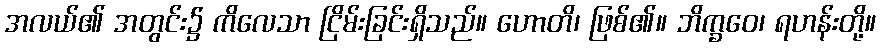
အလယ်၏ အတွင်း၌ ကိလေသာ ငြိမ်းခြင်းရှိသည်။ ဟောတိ၊ ဖြစ်၏။ ဘိက္ခဝေ၊ ရဟန်းတို့။